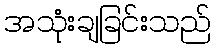
အသုံးချခြင်းသည်